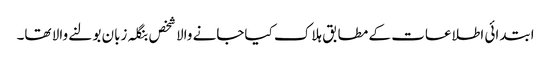
ابتدائی اطلاعات کے مطابق ہلاک کیاجانے والا شخص بنگلہ زبان بولنے والا تھا۔